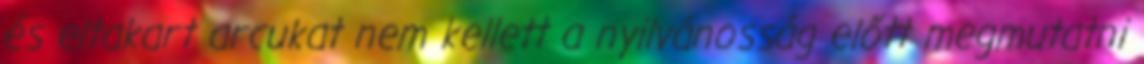
és eltakart arcukat nem kellett a nyilvánosság előtt megmutatni